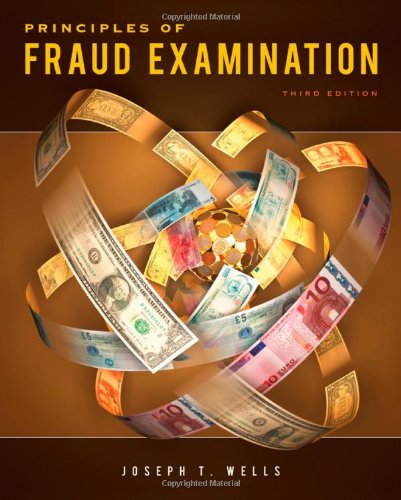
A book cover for Principles of Fraud Examination; Joseph T. Wells; Business & Money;